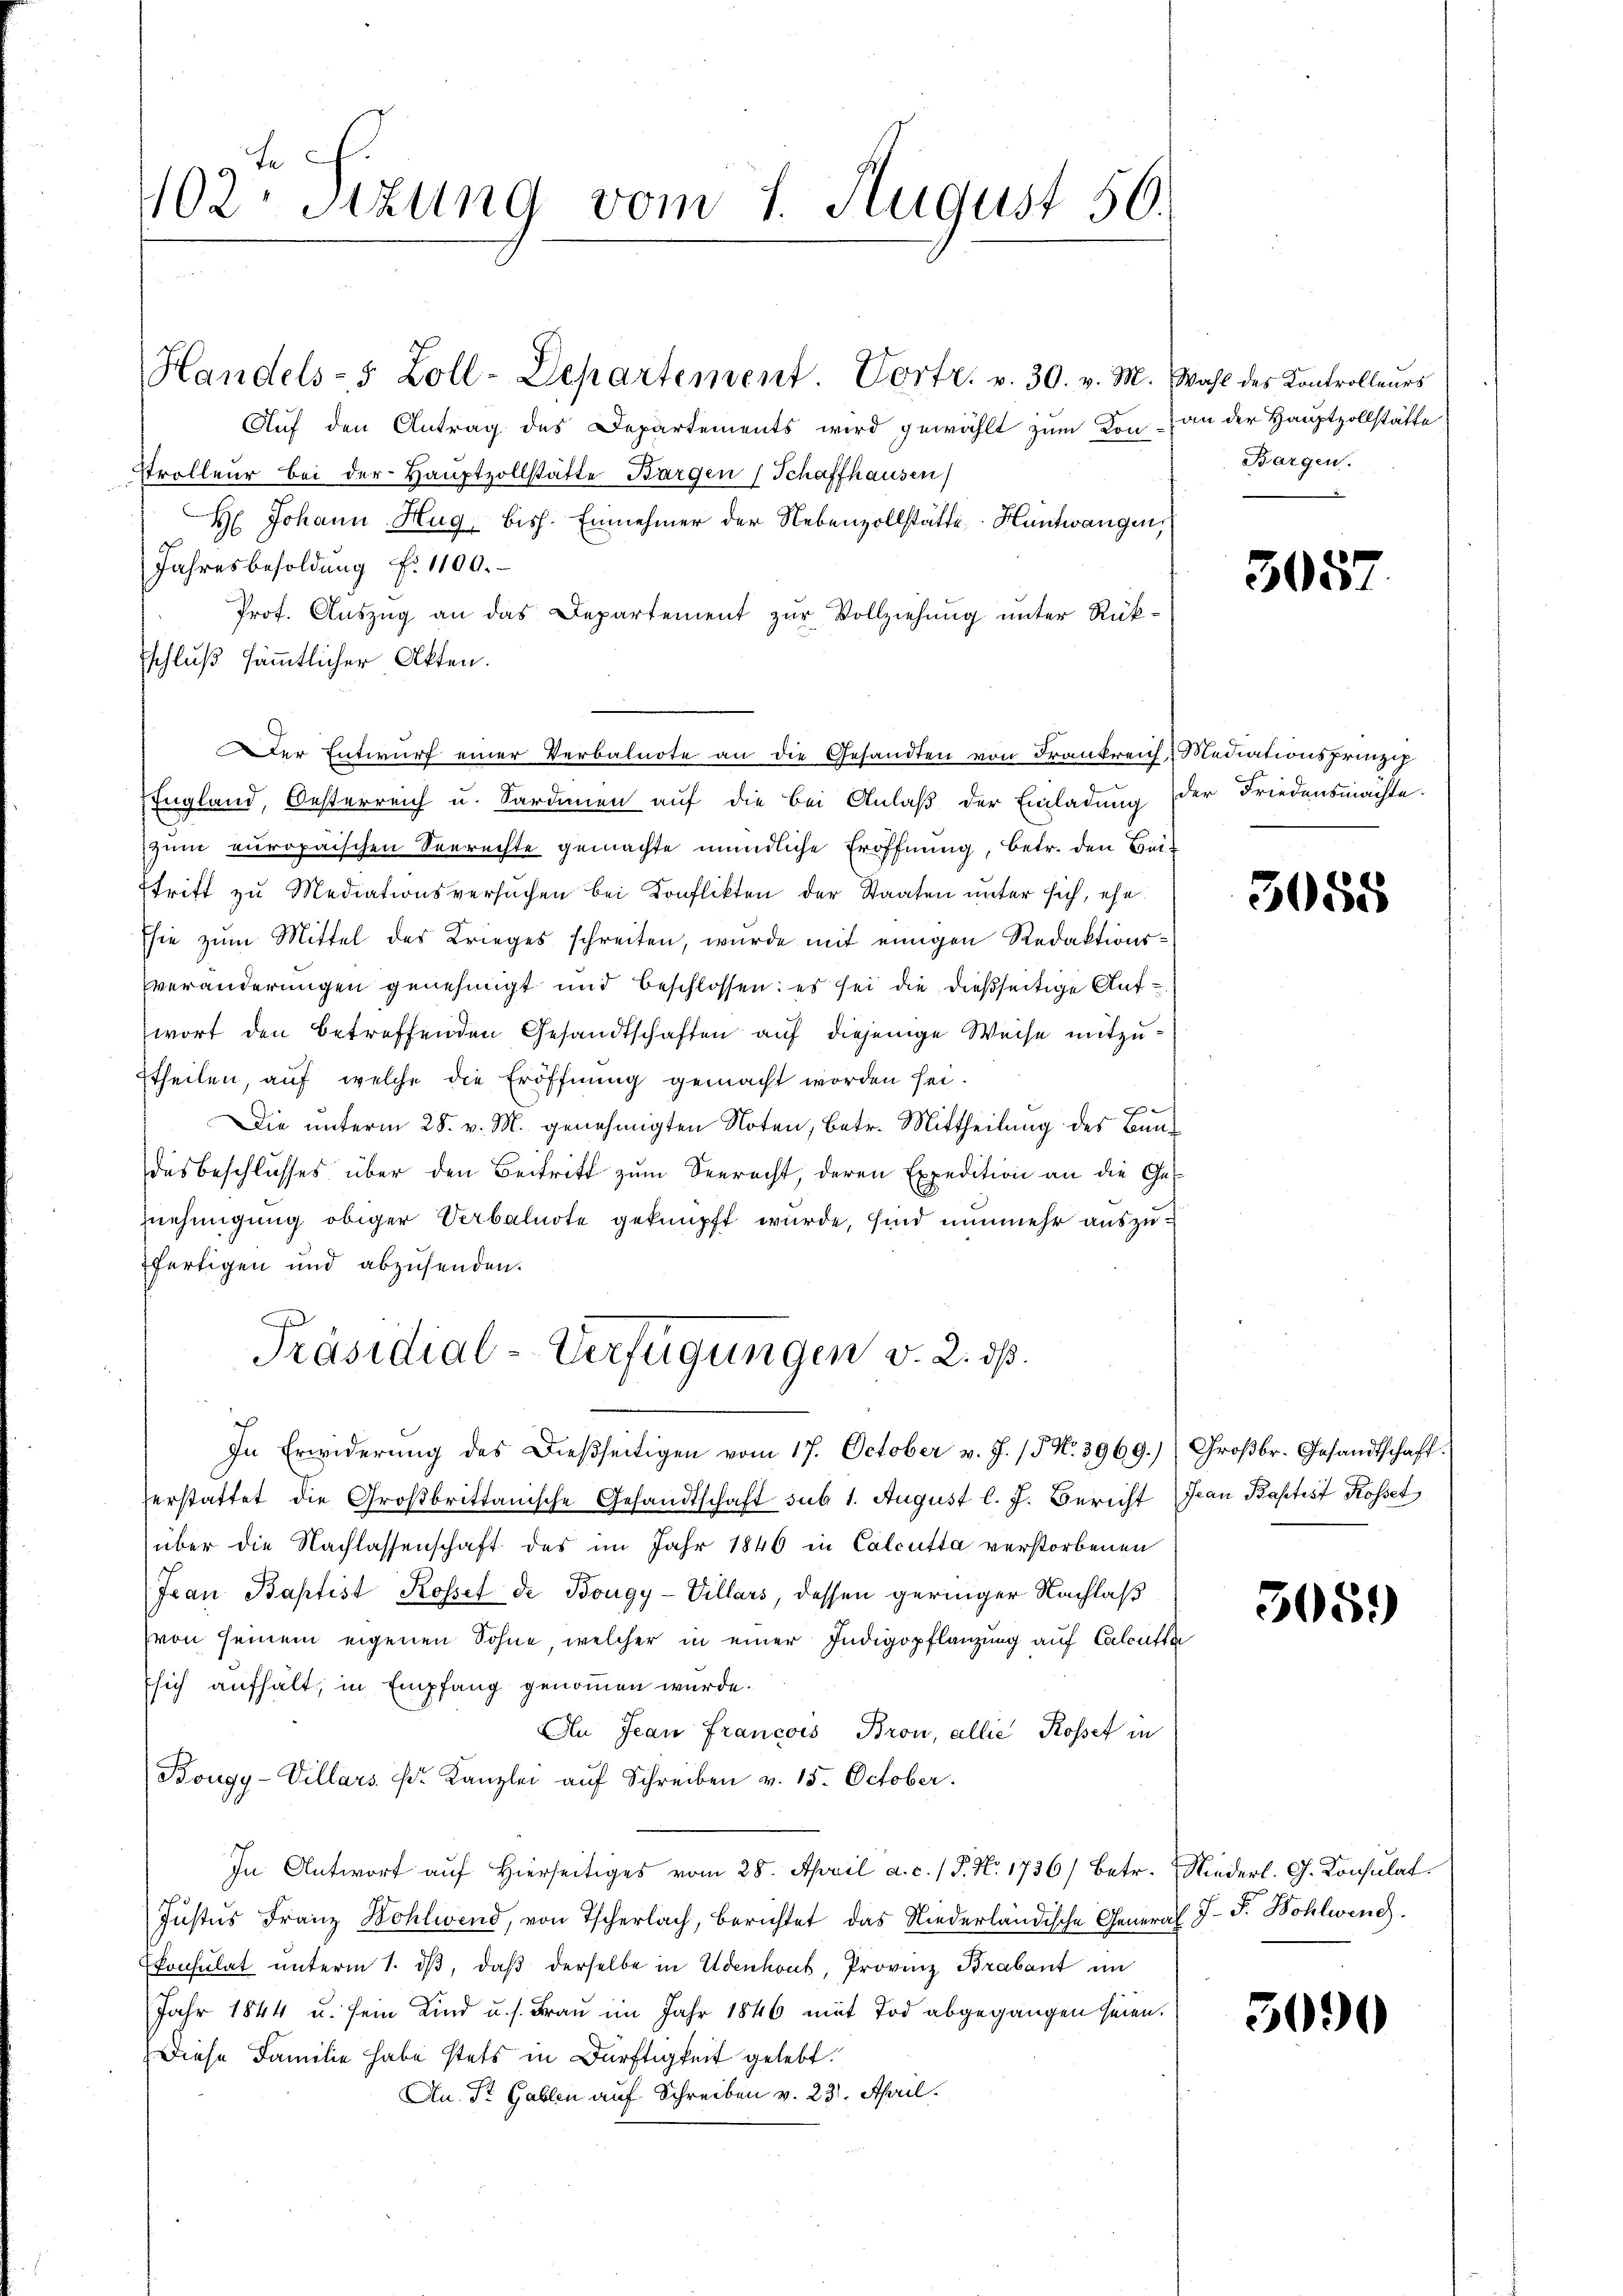
402. Sitzung vom 1. August 56.

Handels-5 Zoll-Departement. Vortr. v. 30. v. M. Wahl des Kontrolleurs

Der Entwurf einer Verbalnote an die Gesandten von Frankreich, Mediationsprinzip

Auf den Antrag des Departements wird gewählt zum Kon-
strolleur bei der Hauptvollstätte Bargen (Schaffhausen)
H. Johann Hug, bish. Einnehmer der Nebenzollstätte, Hüntwangen,
Jahresbesoldung f. 1100.
Prof. Auszug an das Departement zur Vollziehung unter Rüksschluß sämmtlicher Akten.
England, Oesterreich u. Sardinen auf die bei Anlaß der Einladung der Friedensmachte.
zum europaischen Seerechte gemachte mündliche Eröffnung, betr. den Beistritt zu Mediationsversuchen bei Konflikten der Staaten unter sich, ehe
sie zŭm Mittel des Krieges schreiten, wurde mit einigen Redaktionsveränderungen genehmigt und beschlossen: es sei die dießseitige Aufwort den betreffenden Gesandtschaften auf diejenige Weise mitzuttheilen, auf welche die Eröffnung gemacht worden sei.

Die unterm 28. v. M. genehmigten Noten, betr. Mittheilung des Baudesbeschlusses über den Beitritt zum Seeracht, deren Expedition an die Ges
nehmigung obiger Verbalnote geknüpft wurde, sind nunmehr auszufertigen und abzusenden.
Präsidial-Verfügungen v. 2. ds.
In Erwiderung des Dießseitigen vom 17. October v. J. / N. 3969.) Großbr. Gesandtschaft
erstattet die Großbrittanische Gesandtschaft sub 1. August l. J. Bericht Jean Baptist Rosset
über die Nachlassenschaft des im Jahr 1846 in Calcutta verstorbenen
Jean Baptist Rosset de Bougy-Villars, dessen geringer Nachlaß
(von seinem eigenen Sohne, welcher in einer Indigopflanzung auf Calcutta
sich aufhält, in Empfang genommen wurde.
An Jean Francois Bron, allie Rosset in
Bougy-Villars Dr. Kanzlei aŭf Schreiben v. 15. October.
In Antwort aŭf hierseitiges vom 28. April a. c. / P. Nr. 1736/ betr. Niederl. G. Konsulat
Justus Franz Wohlwend, von Tscherlach, berichtet das Niederländische General J. J. Wohlweng.
konsulat unterm 1. dβ, daβ derselbe in Udenhout, Provinz Brabant im
Jahr 1844 u. sein Kind u. s. Frau im Jahr 1846 mit Tod abgegangen seien.
Diese Familie habe stets in Dürftigkeit gelebt.
An. Dr Gablen auf Schreiben v. 231. April.

an der Hauptzollstätte
Bargen.

305

3088

305.

3090